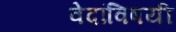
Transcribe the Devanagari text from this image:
वेदांविषयी